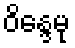
ဝိန္ဒေမု